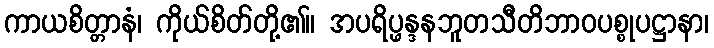
ကာယစိတ္တာနံ၊ ကိုယ်စိတ်တို့၏။ အပရိပ္ဖန္ဒနဘူတသီတိဘာဝပစ္စုပဋ္ဌာနာ၊